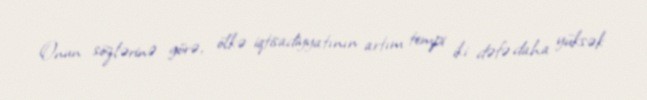
Onun sözlərinə görə, ölkə iqtisadiyyatının artım tempi iki dəfə daha yüksək